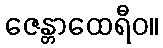
ဇေန္တာထေရီဝ။